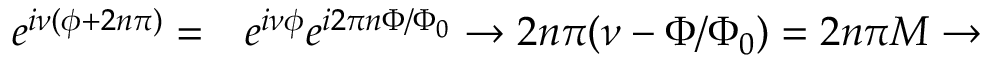
\begin{array} { r l } { e ^ { i \nu ( \phi + 2 n \pi ) } = } & { { } e ^ { i \nu \phi } e ^ { i 2 \pi n \Phi / \Phi _ { 0 } } \to 2 n \pi ( \nu - \Phi / \Phi _ { 0 } ) = 2 n \pi M \to } \end{array}